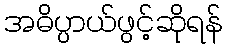
အဓိပ္ပာယ်ဖွင့်ဆိုရန်